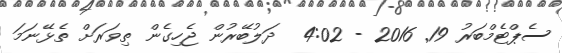
ސެޕްޓެމްބަރު 19